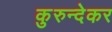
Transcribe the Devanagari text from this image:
कुरुन्देकर